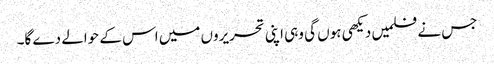
جس نے فلمیں دیکھی ہوں گی وہی اپنی تحریروں میں اس کے حوالے دے گا۔